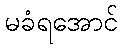
မခံရအောင်